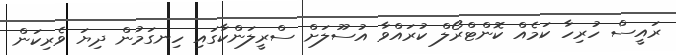
ރައީސް ހުރިހާ ކަމެއް ކޮންޓްރޯލް ކުރައްވާ އުސޫލަށް ސްރީލަންކާގައި ހިނގަމުން ދިޔަ ވެރިކަން